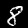
Label: 8